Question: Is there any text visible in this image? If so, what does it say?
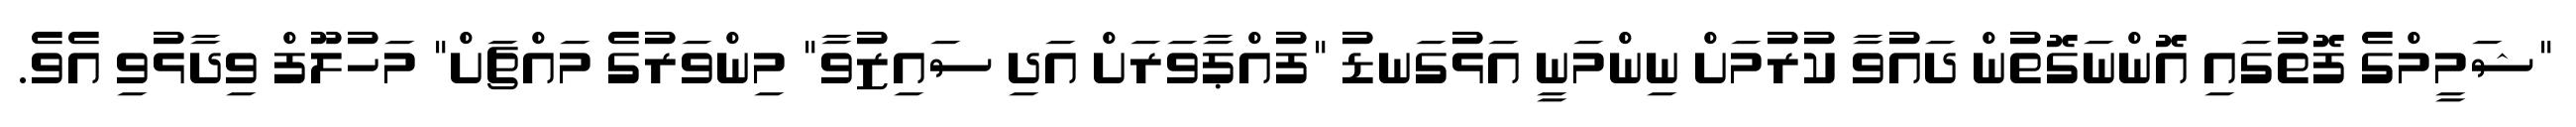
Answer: "ޝަމީމްގެ ފޮތުގައި އޮންނަގޮތުން ދައުވާ ކުރުމަށް ނިންމަނީ އަޅުގަނޑު "ފުއްޕާވަރަށް އަދި ސައިޒުވާ" މިންވަރުގެ މައްޗަށް" މަހުލޫފް ވިދާޅުވި އެވެ.